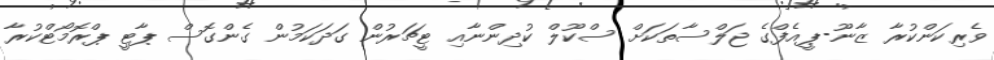
ވެރިކަންކުރާ ޒާނޫ-ޕީއެފްގެ ޖަލްސާތަކަށް ސްކޫލް ކުދިންނާއި ޓީޗަރުން ގަދަކަމުން ގެންގޮސް ޕާޓީ ޕްރޮމޯޓްކުރާ